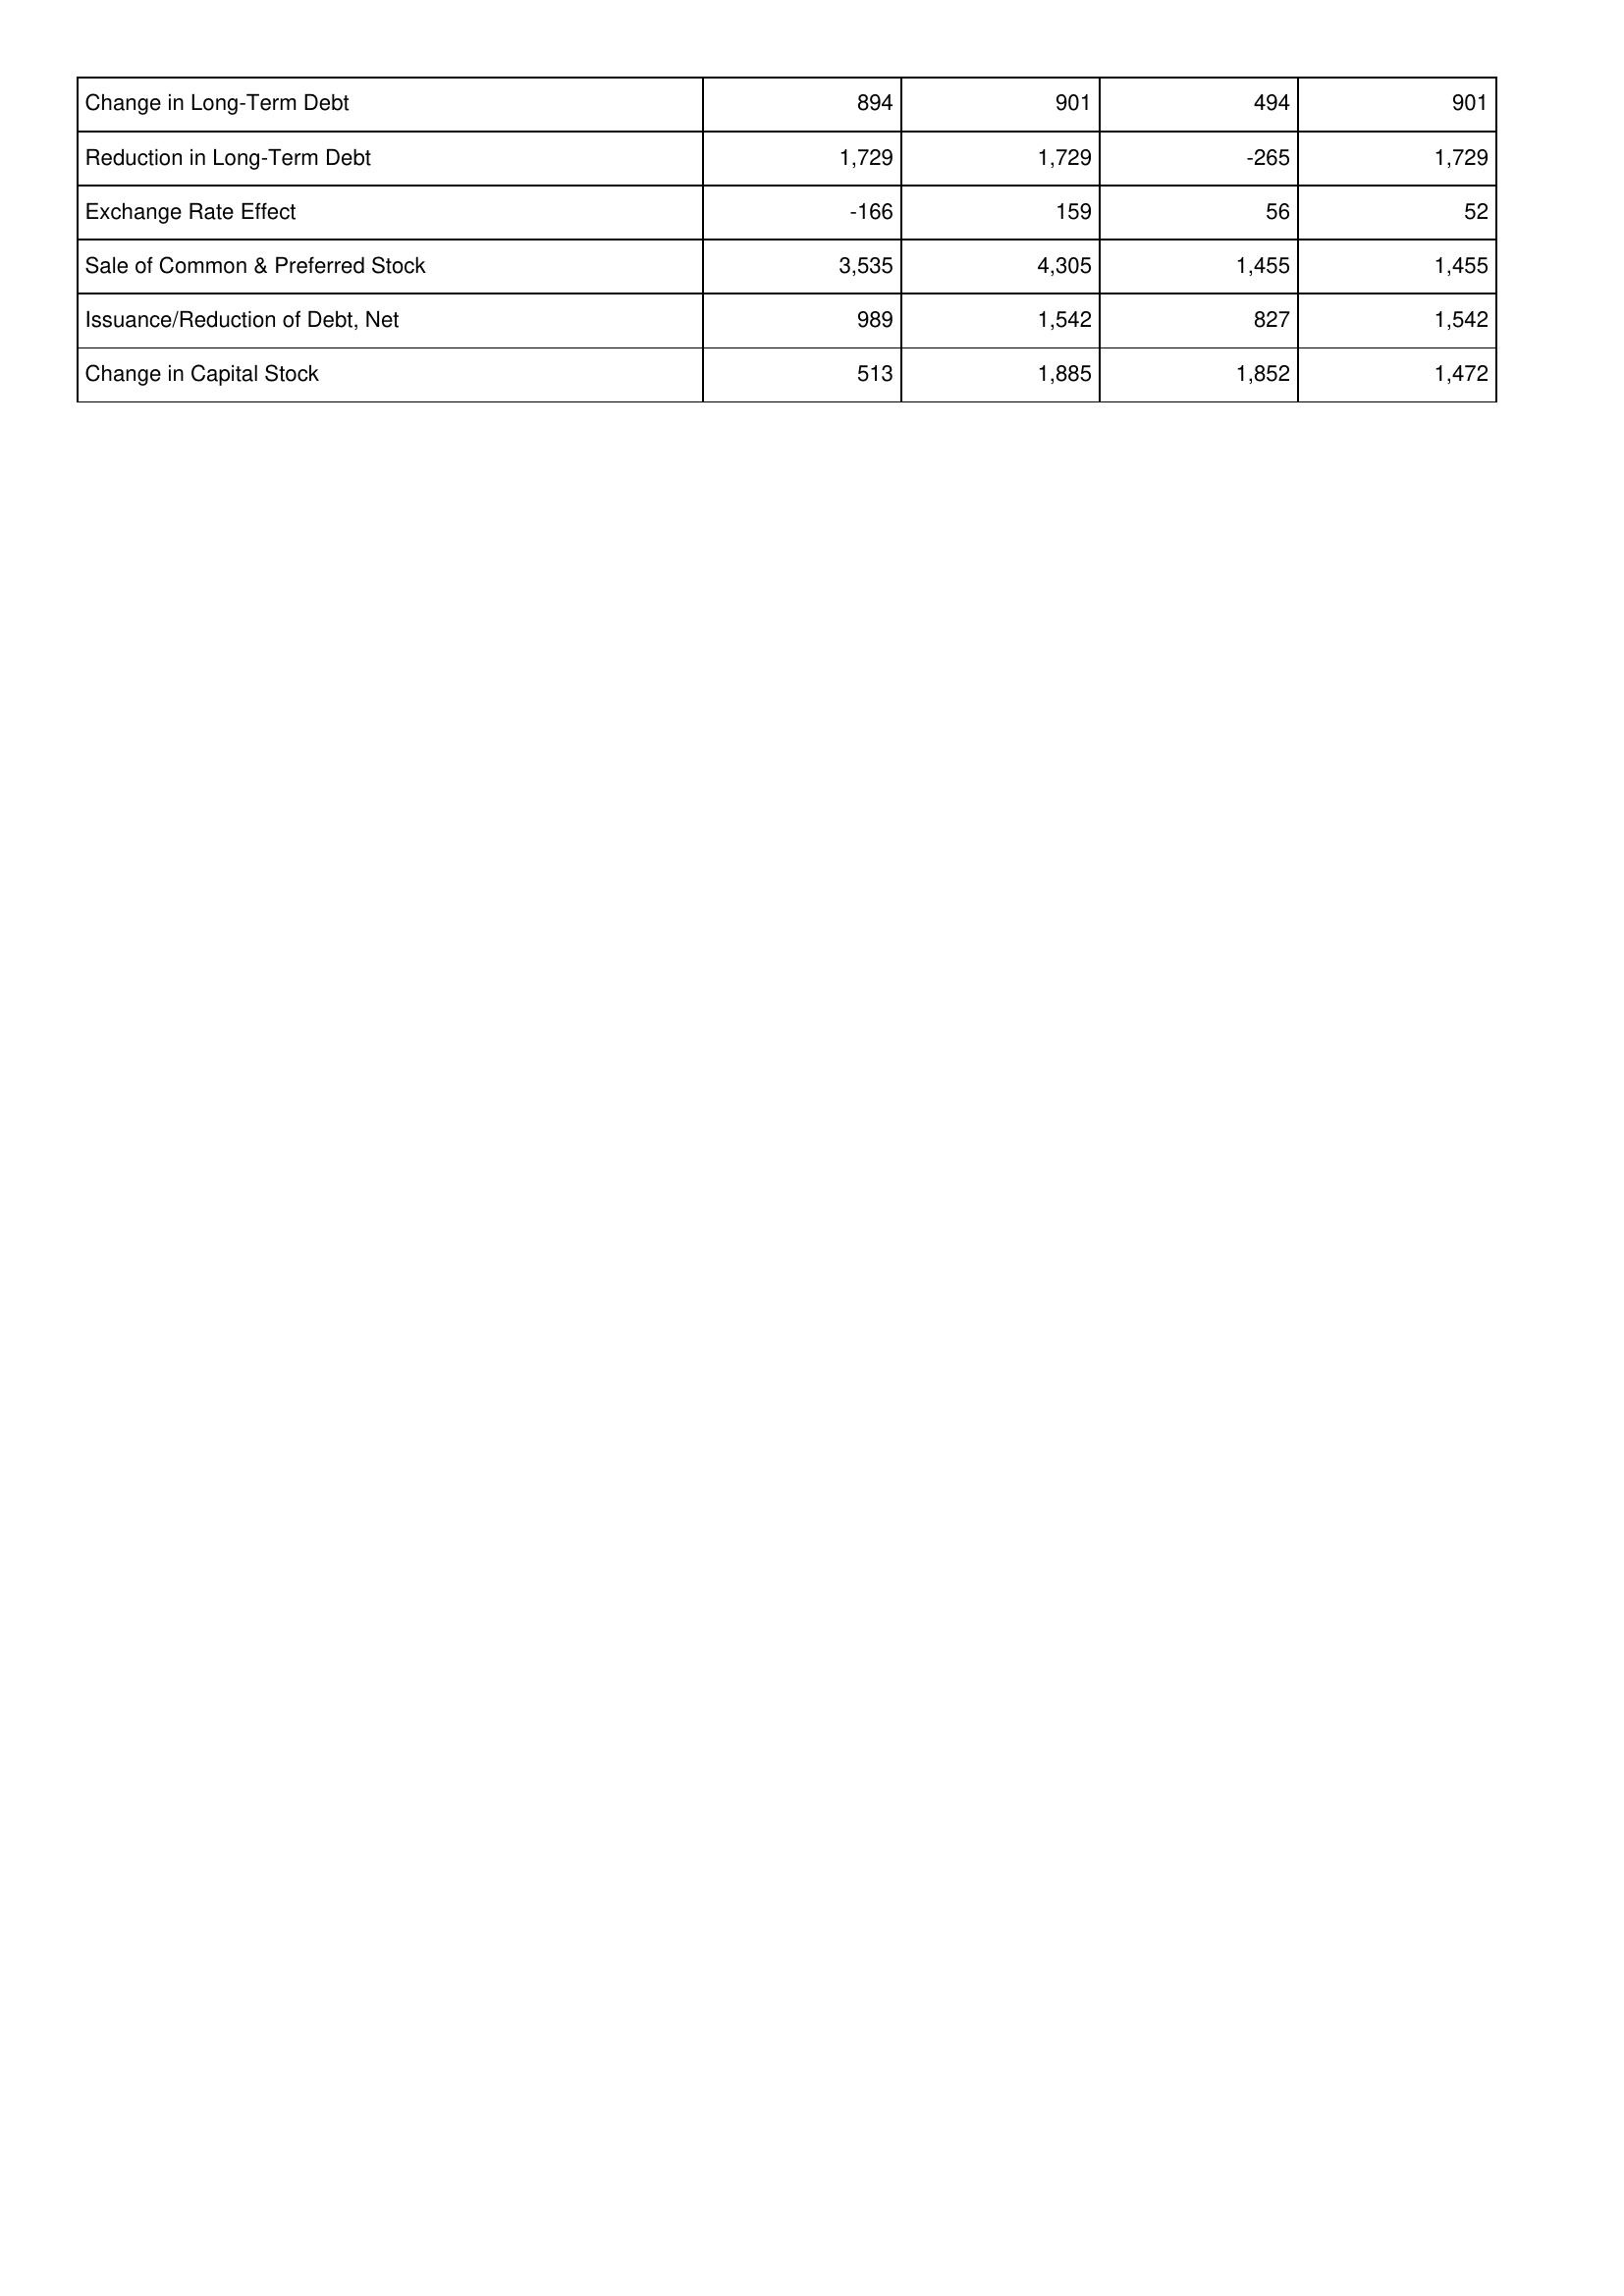
2010: Financing Activities: Change in Long-Term Debt: 894
Reduction in Long-Term Debt: 1,729
Exchange Rate Effect: -166
Sale of Common & Preferred Stock: 3,535
Issuance/Reduction of Debt, Net: 989
Change in Capital Stock: 513
2011: Financing Activities: Change in Long-Term Debt: 901
Reduction in Long-Term Debt: 1,729
Exchange Rate Effect: 159
Sale of Common & Preferred Stock: 4,305
Issuance/Reduction of Debt, Net: 1,542
Change in Capital Stock: 1,885
2012: Financing Activities: Change in Long-Term Debt: 494
Reduction in Long-Term Debt: -265
Exchange Rate Effect: 56
Sale of Common & Preferred Stock: 1,455
Issuance/Reduction of Debt, Net: 827
Change in Capital Stock: 1,852
2013: Financing Activities: Change in Long-Term Debt: 901
Reduction in Long-Term Debt: 1,729
Exchange Rate Effect: 52
Sale of Common & Preferred Stock: 1,455
Issuance/Reduction of Debt, Net: 1,542
Change in Capital Stock: 1,472